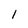
Character: I